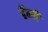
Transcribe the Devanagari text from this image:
हॅन्‍री